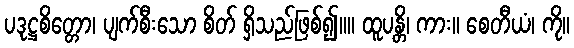
ပဒုဋ္ဌစိတ္တော၊ ပျက်စီးသော စိတ် ရှိသည်ဖြစ်၍။။ ထူပန္တိ၊ ကား။ စေတီယံ၊ ကို။